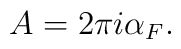
A = 2\pi i \alpha_F.